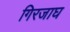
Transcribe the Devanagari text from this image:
गिरजाघ